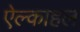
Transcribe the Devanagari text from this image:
ऐल्काहल